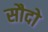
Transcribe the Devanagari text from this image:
सौदो